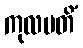
ကုလပတိံ